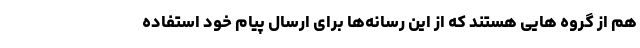
هم از گروه هایی هستند که از این رسانه‌ها برای ارسال پیام خود استفاده